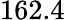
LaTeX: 162.4